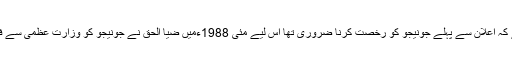
کہا جاتا ہے کہ اعلان سے پہلے جونیجو کو رخصت کرنا ضروری تھا اس لیے مئی 1988ءمیں ضیا الحق نے جونیجو کو وزارتِ عظمیٰ سے فارغ کر دیا۔